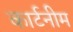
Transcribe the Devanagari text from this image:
कार्टनीम